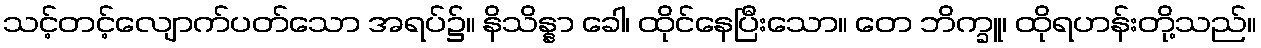
သင့်တင့်လျောက်ပတ်သော အရပ်၌။ နိသိန္နာ ခေါ၊ ထိုင်နေပြီးသော။ တေ ဘိက္ခူ၊ ထိုရဟန်းတို့သည်။